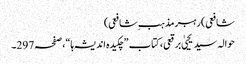
شافعی)رہبر مذہب ِشافعی)
حوالہ سید یحییٰ برقعی، کتاب ”چکیدہ اندیشہ ہا“،صفحہ297۔